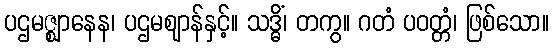
ပဌမဇ္ဈာနေန၊ ပဌမဈာန်နှင့်။ သဒ္ဓိံ၊ တကွ။ ဂတံ ပဝတ္တံ၊ ဖြစ်သော။